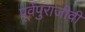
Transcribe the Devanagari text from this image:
पूर्वपुराजीवी